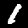
Label: 1